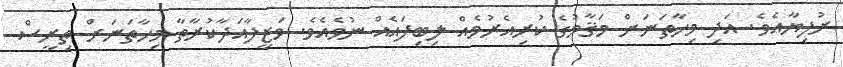
ރުފިޔާއެވެ. އަދި މިހާތަނަށް މަޤާމުގެ ކުރިއެރުމެއް ލިބިފައެއް ނުވެއެވެ. ވަޒީފާއަދާކުރާތާ މިހާތަނަށް ތިރީސް